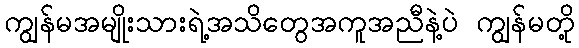
ကျွန်မအမျိုးသားရဲ့အသိတွေအကူအညီနဲ့ပဲ ကျွန်မတို့